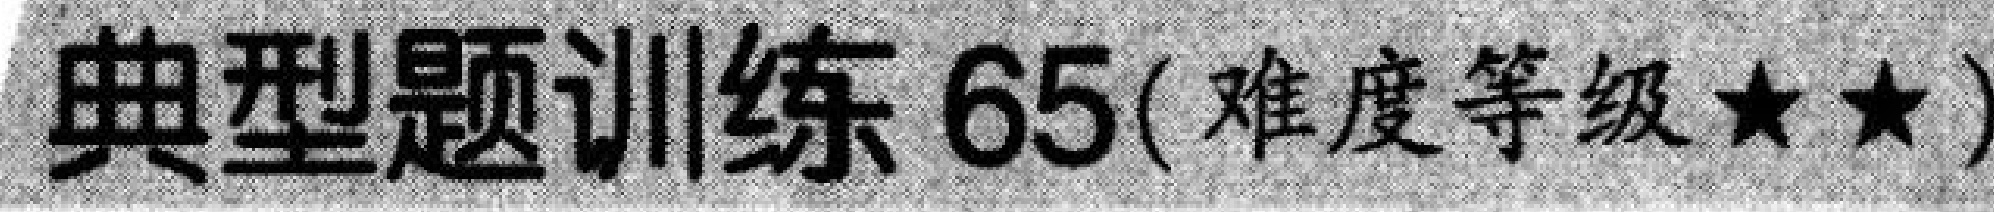
典型题训练 65(难度等级★★)